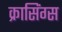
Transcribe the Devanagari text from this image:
क्रासिंग्स